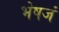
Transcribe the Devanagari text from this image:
भेषजं